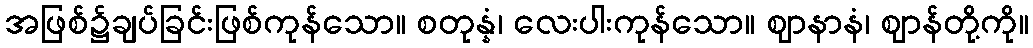
အဖြစ်၌ချပ်ခြင်းဖြစ်ကုန်သော။ စတုန္နံ၊ လေးပါးကုန်သော။ ဈာနာနံ၊ ဈာန်တို့ကို။